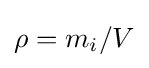
\rho =m_{i}/V\,\!